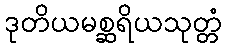
ဒုတိယမစ္ဆရိယသုတ္တံ